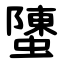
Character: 螴